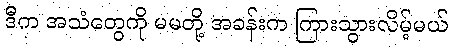
ဒီက အသံတွေကို မမတို့ အခန်းက ကြားသွားလိမ့်မယ်